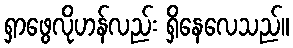
ရှာဖွေလိုဟန်လည်း ရှိနေလေသည်။